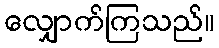
လျှောက်ကြသည်။